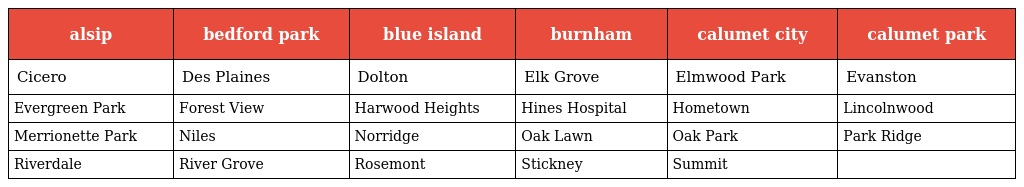
| alsip | bedford park | blue island | burnham | calumet city | calumet park |
 | --- | --- | --- | --- | --- | --- |
 | Cicero | Des Plaines | Dolton | Elk Grove | Elmwood Park | Evanston |
 | Evergreen Park | Forest View | Harwood Heights | Hines Hospital | Hometown | Lincolnwood |
 | Merrionette Park | Niles | Norridge | Oak Lawn | Oak Park | Park Ridge |
 | Riverdale | River Grove | Rosemont | Stickney | Summit |  |